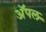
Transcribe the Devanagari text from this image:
अॅपल